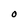
Character: O